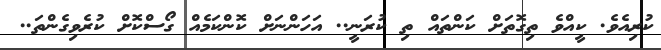
ކުރިއެވެ. ކީއްވެ ތިގޮތަށް ކަންތައް ތި ކުރަނީ.. އަހަންނަށް ކޮންކަމެއް ގޯސްކޮށް ކުރެވިގެންތަ..